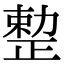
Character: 𠢦